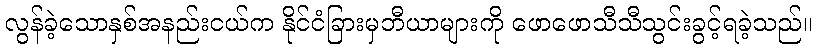
လွန်ခဲ့သောနှစ်အနည်းငယ်က နိုင်ငံခြားမှဘီယာများကို ဖောဖောသီသီသွင်းခွင့်ရခဲ့သည်။